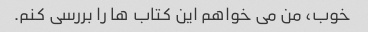
خوب، من می خواهم این کتاب ها را بررسی کنم.